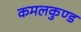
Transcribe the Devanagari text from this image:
कमलकुण्ड